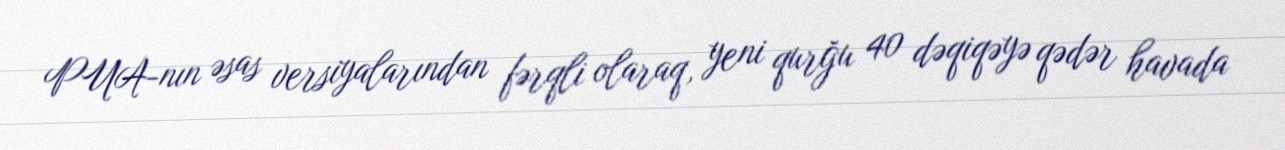
PUA-nın əsas versiyalarından fərqli olaraq, yeni qurğu 40 dəqiqəyə qədər havada